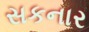
સકનાર